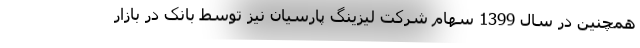
همچنین در سال 1399 سهام شرکت لیزینگ پارسیان نیز توسط بانک در بازار